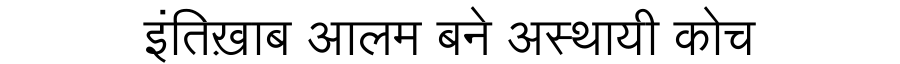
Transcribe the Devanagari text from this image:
इंतिख़ाब आलम बने अस्थायी कोच